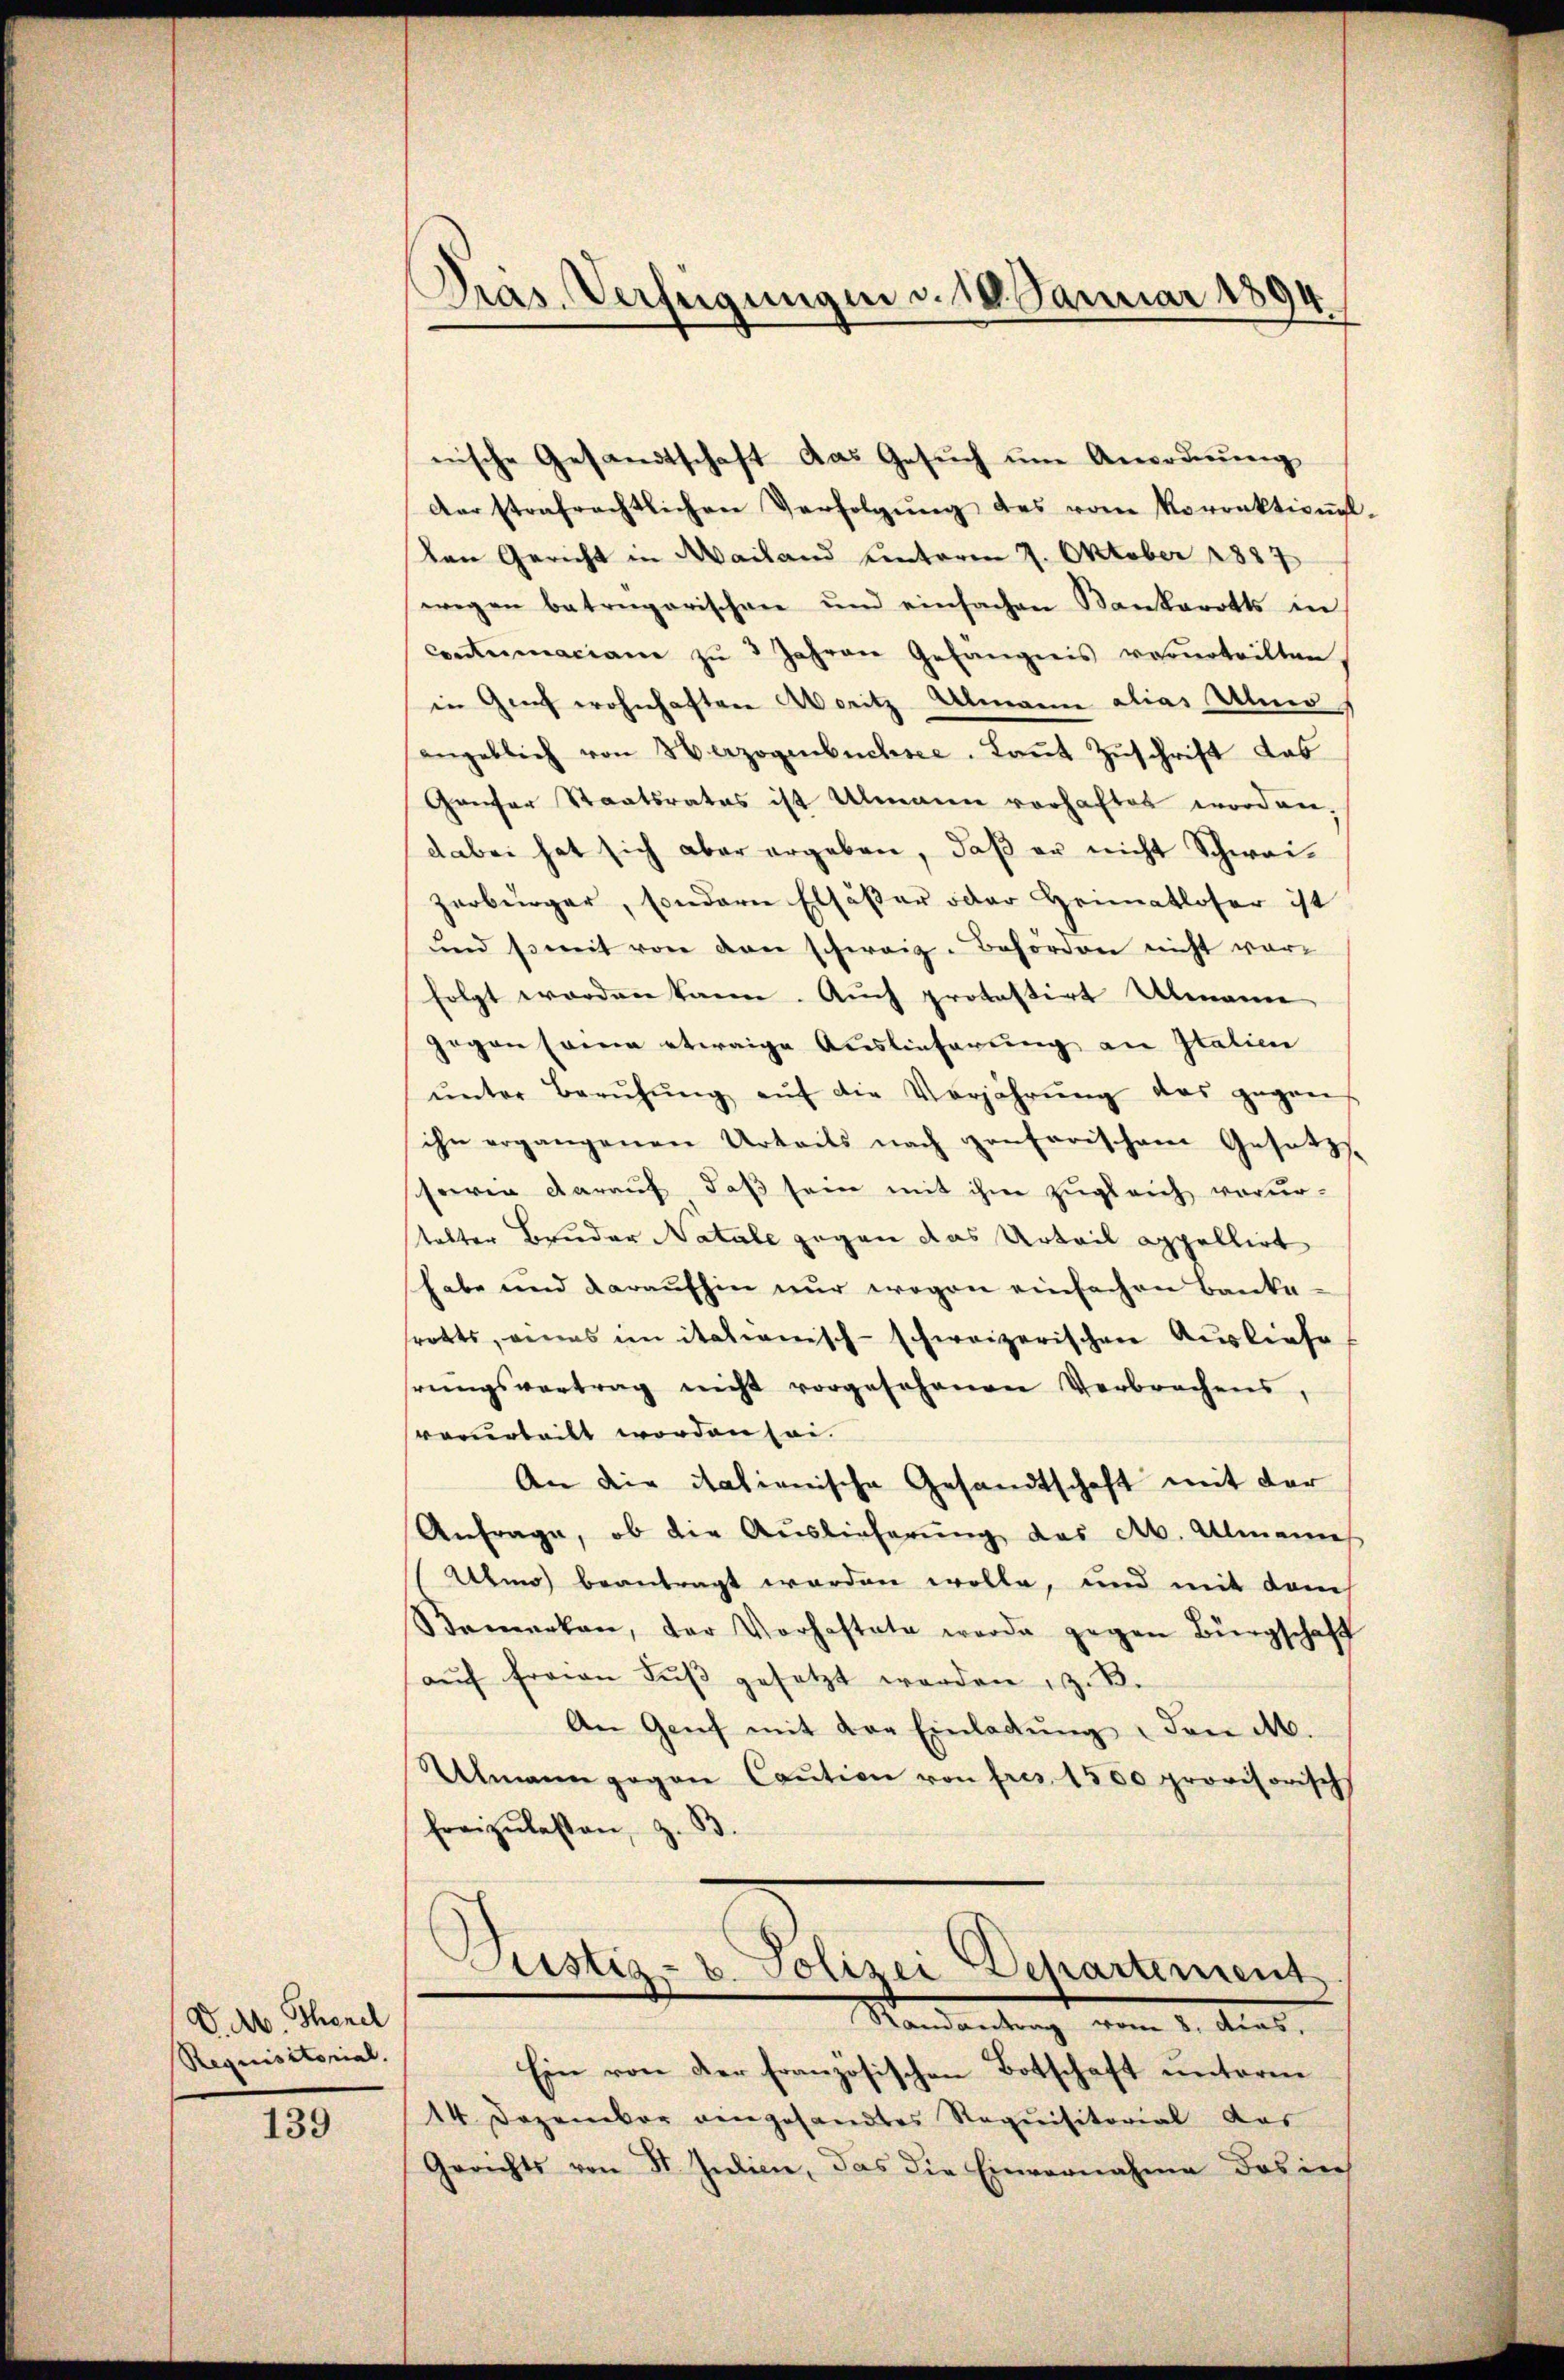
V. dr Thandl
Requisitorial.

139

Präs. Verfügungen d. 18. Januar 1894.

nische Gesandtschaft das Gesŭch ŭm Anordnung
derstrafrechtlichen Verfolgŭng des vom Korrektional-
Den Gericht in Mailand unterm 7. Oktober 1887
wegen betragarischen und einfachen Bankarotts in
contumaciam zŭ 3 Jahren Gefängnis verurteilten.
in Graf wohnhaften Woritz Almann alias Almo
angeblich von Herzogenbuchsee. Laut Zuschrift das
Ganfer Staatsrates ist Ulmann vorhaftet worden,
dabei hat sich aber ergeben, daß er nicht Schweizerbürger, sondern Elsäßer oder Heimatloser ist
und somit von den schweiz. Behörden nicht worfolgt worden kann. Auch protestirt Ulmann
gegen sowie etwaige Auslieferung an Italien
ŭnter Berŭhŭng aŭf die Verjährŭng das gegen
ihn ergangenen Urteils nach conferischem Gesetz-
sowie darauf, daß sein mit ihm zugleich verurtabter Bruder Natale gegen das Urteil appellirt
habe und daraufhin nur wegen einfachen Bankerotts, eines im itationisch-schweizerischen Ausliefe
hrŭngsvertrag nicht vorgesehenen Verbrechens,
verurteilt worden sei.
An die italienische Gesandtschaft mit der
Anfrage, ob die Auslieferung das Ab. Almannes
Atner beantragt worden wolle, und mit danch
Kemerken, der Vorhaftete werde gegen Bürgschaft
aŭf freien Fŭβ gesetzt werden, z. B.
An Genf mit der Einladŭng, den M.
Ulmann gegen Caution von fres 1500 provisorisch
freizulassen, z. B
Justiz- u. Polizei Departement
Mandantrag vom 1. Mias.
Ein von der französischen Botschaft unterm
14. Dezember eingesandtes Requisitorial das
Gerichts von St. Indici, das die Einvernahme des in